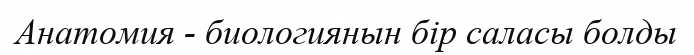
Анатомия - биологиянын бір саласы болды